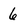
Character: 6